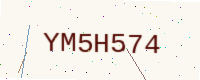
Text: YM5H574